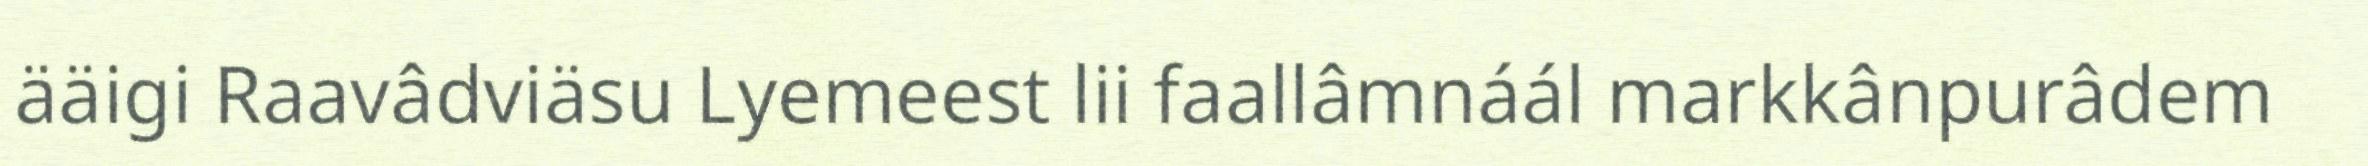
ääigi Raavâdviäsu Lyemeest lii faallâmnáál markkânpurâdem